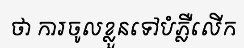
ថា ការចូលខ្លួនទៅបំភ្លឺលើក